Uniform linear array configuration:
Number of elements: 48
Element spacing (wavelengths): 0.25
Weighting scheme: binomial
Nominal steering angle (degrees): -60
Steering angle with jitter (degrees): -60.514
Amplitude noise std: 0.05
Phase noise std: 0.05

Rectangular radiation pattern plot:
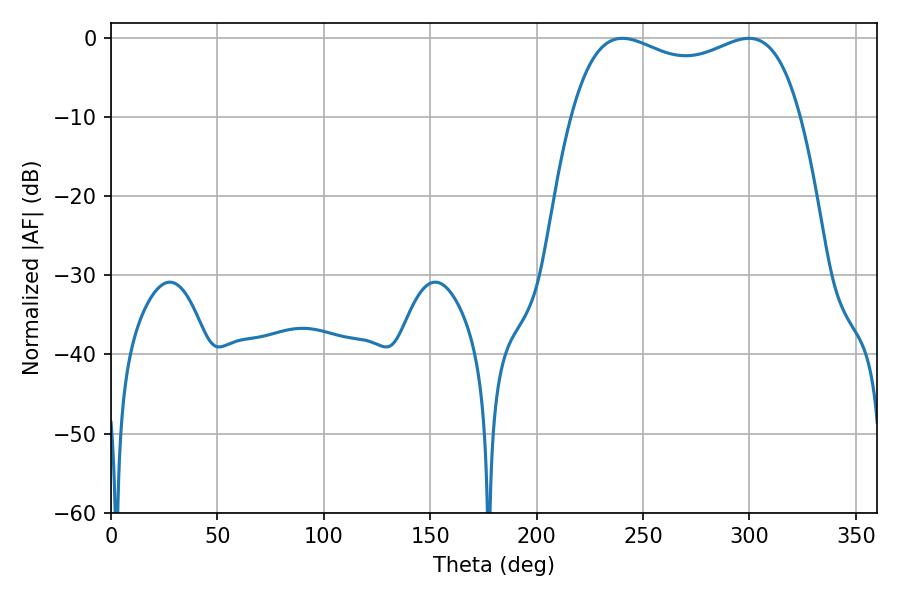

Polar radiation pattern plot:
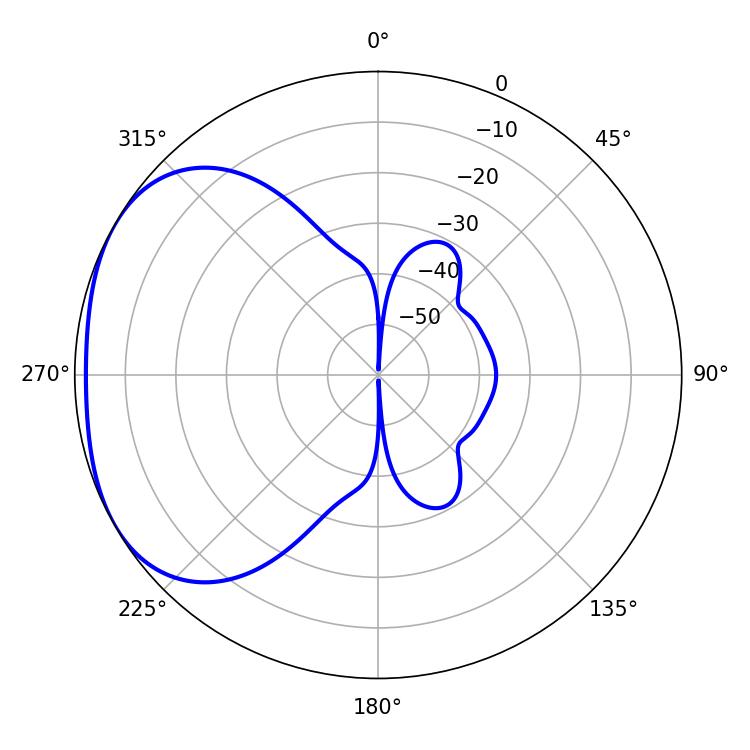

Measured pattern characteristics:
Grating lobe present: FALSE
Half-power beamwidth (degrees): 88.56
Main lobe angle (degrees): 299.7